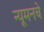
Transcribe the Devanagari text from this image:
न्यूमनचे